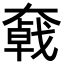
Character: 𡚄